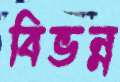
বিভন্ন